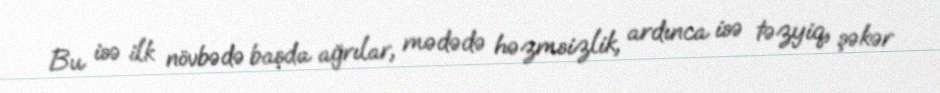
Bu isə ilk növbədə başda ağrılar, mədədə həzmsizlik, ardınca isə təzyiq, şəkər